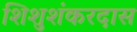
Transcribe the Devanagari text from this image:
शिशुशंकरदास